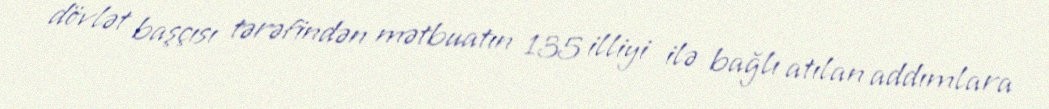
dövlət başçısı tərəfindən mətbuatın 135 illiyi ilə bağlı atılan addımlara